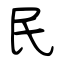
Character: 民